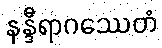
နန္ဒီရာဂဿေတံ